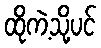
ထိုကဲ့သို့ပင်